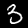
Label: 3